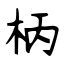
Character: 柄